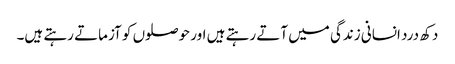
دکھ درد انسانی زندگی میں آتے رہتے ہیں اور حوصلوں کو آزماتے رہتے ہیں۔